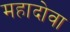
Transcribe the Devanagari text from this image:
महादोवा